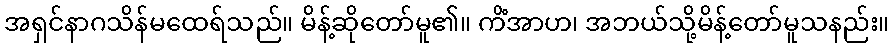
အရှင်နာဂသိန်မထေရ်သည်။ မိန့်ဆိုတော်မူ၏။ ကိံအာဟ၊ အဘယ်သို့မိန့်တော်မူသနည်း။